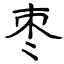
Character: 枣